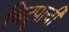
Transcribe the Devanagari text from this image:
चिद्रुपाची